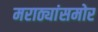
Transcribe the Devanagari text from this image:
मराठ्यांसमोर